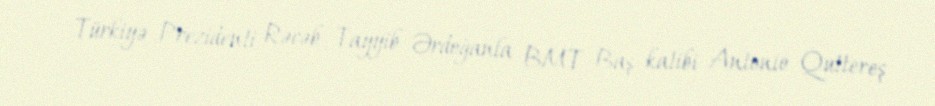
Türkiyə Prezidenti Rəcəb Tayyib Ərdoğanla BMT Baş katibi Antonio Quttereş